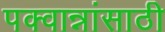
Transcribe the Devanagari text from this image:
पक्वान्नांसाठी